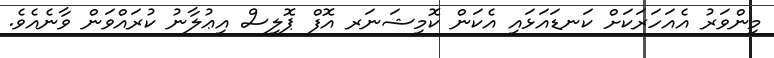
މިންވަރު އެއަހަރަކަށް ކަނޑައަޅައި އެކަން ކޮމިޝަނަރ އޮފް ޕޮލިސް އިޢުލާނު ކުރައްވަން ވާނެއެވެ.